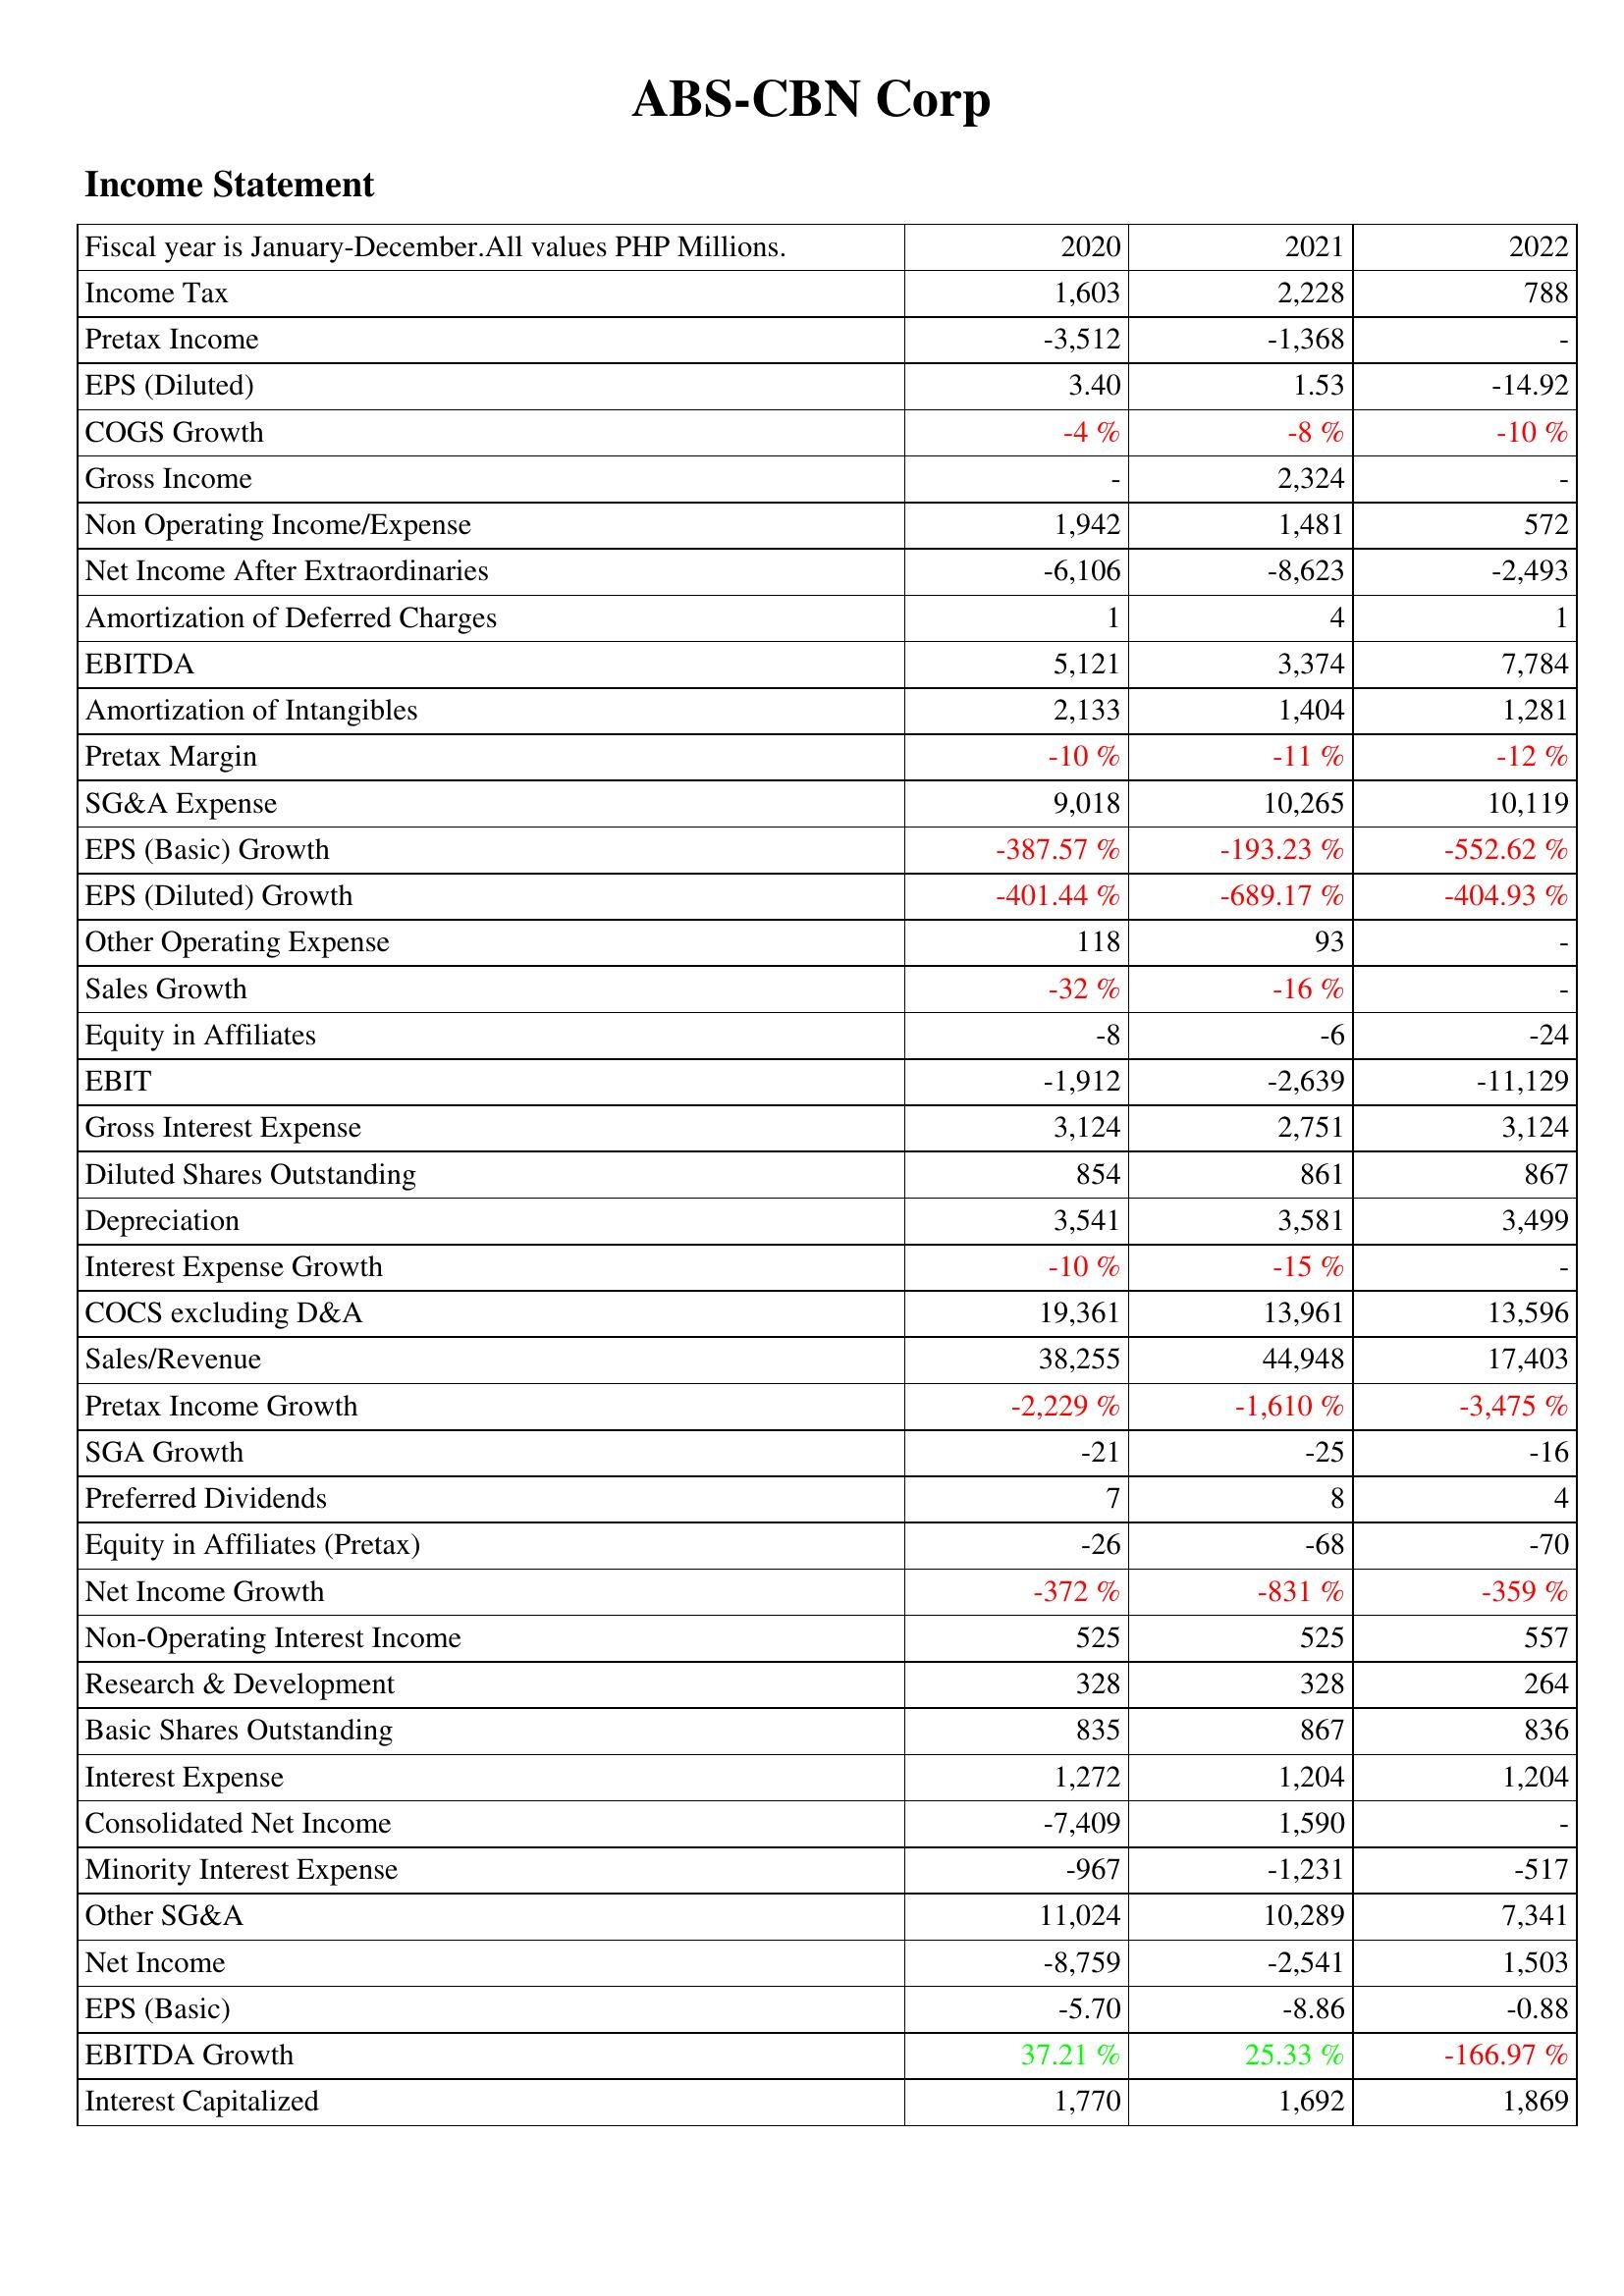
2020: Income Statement: Income Tax: 1,603
Pretax Income: -3,512
EPS (Diluted): 3.40
COGS Growth: -4 %
Gross Income: -
Non Operating Income/Expense: 1,942
Net Income After Extraordinaries: -6,106
Amortization of Deferred Charges: 1
EBITDA: 5,121
Amortization of Intangibles: 2,133
Pretax Margin: -10 %
SG&A Expense: 9,018
EPS (Basic) Growth: -387.57 %
EPS (Diluted) Growth: -401.44 %
Other Operating Expense: 118
Sales Growth: -32 %
Equity in Affiliates: -8
EBIT: -1,912
Gross Interest Expense: 3,124
Diluted Shares Outstanding: 854
Depreciation: 3,541
Interest Expense Growth: -10 %
COCS excluding D&A: 19,361
Sales/Revenue: 38,255
Pretax Income Growth: -2,229 %
SGA Growth: -21
Preferred Dividends: 7
Equity in Affiliates (Pretax): -26
Net Income Growth: -372 %
Non-Operating Interest Income: 525
Research & Development: 328
Basic Shares Outstanding: 835
Interest Expense: 1,272
Consolidated Net Income: -7,409
Minority Interest Expense: -967
Other SG&A: 11,024
Net Income: -8,759
EPS (Basic): -5.70
EBITDA Growth: 37.21 %
Interest Capitalized: 1,770
2021: Income Statement: Income Tax: 2,228
Pretax Income: -1,368
EPS (Diluted): 1.53
COGS Growth: -8 %
Gross Income: 2,324
Non Operating Income/Expense: 1,481
Net Income After Extraordinaries: -8,623
Amortization of Deferred Charges: 4
EBITDA: 3,374
Amortization of Intangibles: 1,404
Pretax Margin: -11 %
SG&A Expense: 10,265
EPS (Basic) Growth: -193.23 %
EPS (Diluted) Growth: -689.17 %
Other Operating Expense: 93
Sales Growth: -16 %
Equity in Affiliates: -6
EBIT: -2,639
Gross Interest Expense: 2,751
Diluted Shares Outstanding: 861
Depreciation: 3,581
Interest Expense Growth: -15 %
COCS excluding D&A: 13,961
Sales/Revenue: 44,948
Pretax Income Growth: -1,610 %
SGA Growth: -25
Preferred Dividends: 8
Equity in Affiliates (Pretax): -68
Net Income Growth: -831 %
Non-Operating Interest Income: 525
Research & Development: 328
Basic Shares Outstanding: 867
Interest Expense: 1,204
Consolidated Net Income: 1,590
Minority Interest Expense: -1,231
Other SG&A: 10,289
Net Income: -2,541
EPS (Basic): -8.86
EBITDA Growth: 25.33 %
Interest Capitalized: 1,692
2022: Income Statement: Income Tax: 788
Pretax Income: -
EPS (Diluted): -14.92
COGS Growth: -10 %
Gross Income: -
Non Operating Income/Expense: 572
Net Income After Extraordinaries: -2,493
Amortization of Deferred Charges: 1
EBITDA: 7,784
Amortization of Intangibles: 1,281
Pretax Margin: -12 %
SG&A Expense: 10,119
EPS (Basic) Growth: -552.62 %
EPS (Diluted) Growth: -404.93 %
Other Operating Expense: -
Sales Growth: -
Equity in Affiliates: -24
EBIT: -11,129
Gross Interest Expense: 3,124
Diluted Shares Outstanding: 867
Depreciation: 3,499
Interest Expense Growth: -
COCS excluding D&A: 13,596
Sales/Revenue: 17,403
Pretax Income Growth: -3,475 %
SGA Growth: -16
Preferred Dividends: 4
Equity in Affiliates (Pretax): -70
Net Income Growth: -359 %
Non-Operating Interest Income: 557
Research & Development: 264
Basic Shares Outstanding: 836
Interest Expense: 1,204
Consolidated Net Income: -
Minority Interest Expense: -517
Other SG&A: 7,341
Net Income: 1,503
EPS (Basic): -0.88
EBITDA Growth: -166.97 %
Interest Capitalized: 1,869